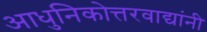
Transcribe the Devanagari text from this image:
आधुनिकोत्तरवाद्यांनी